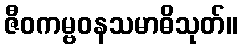
ဇီဝကမ္ဗဝနသမာဓိသုတ်။